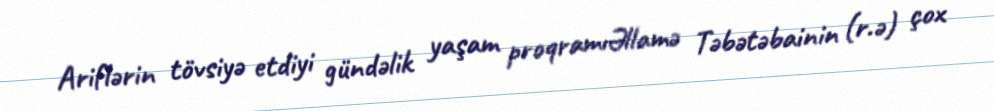
Ariflərin tövsiyə etdiyi gündəlik yaşam proqramıƏllamə Təbətəbainin (r.ə) çox